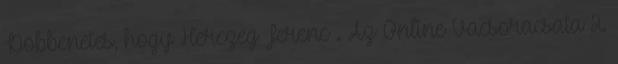
Döbbenetes, hogy Herczeg Ferenc . Az Online Vacsoracsata 2.